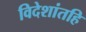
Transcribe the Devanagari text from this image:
विदेशांतहि